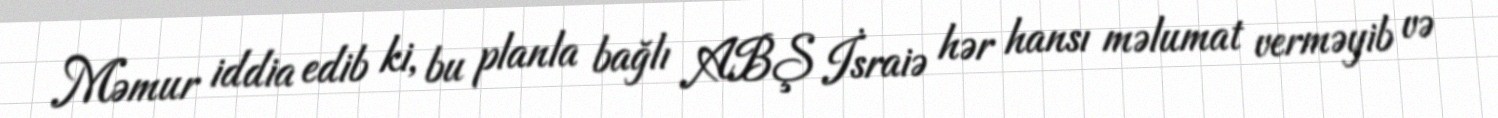
Məmur iddia edib ki, bu planla bağlı ABŞ İsraiə hər hansı məlumat verməyib və